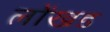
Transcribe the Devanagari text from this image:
लोंखड